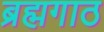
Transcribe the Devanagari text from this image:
ब्रह्मगाठ